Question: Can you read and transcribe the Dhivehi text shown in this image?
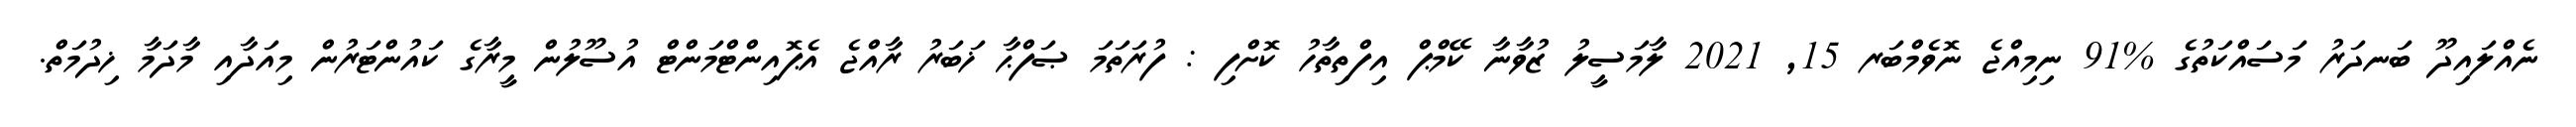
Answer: ނެއްލައިދޫ ބަނދަރު މަސައްކަތުގެ %91 ނިމިއްޖެ ނޮވެމްބަރ 15, 2021 ލާމަސީލު ޒުވާނާ ކޭމްޕް އިފްތިތާހު ކޮށްފި : ފުރަތަމަ ޞަފްޙާ ޚަބަރު ރާއްޖެ އެޕޮއިންޓްމަންޓް އުސޫލުން މީރާގެ ކައުންޓަރުން މިއަދާއި މާދަމާ ޚިދުމަތް.